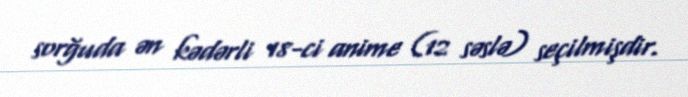
sorğuda ən kədərli 18-ci anime (12 səslə) seçilmişdir.